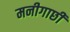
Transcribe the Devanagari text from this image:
मनीगाछी